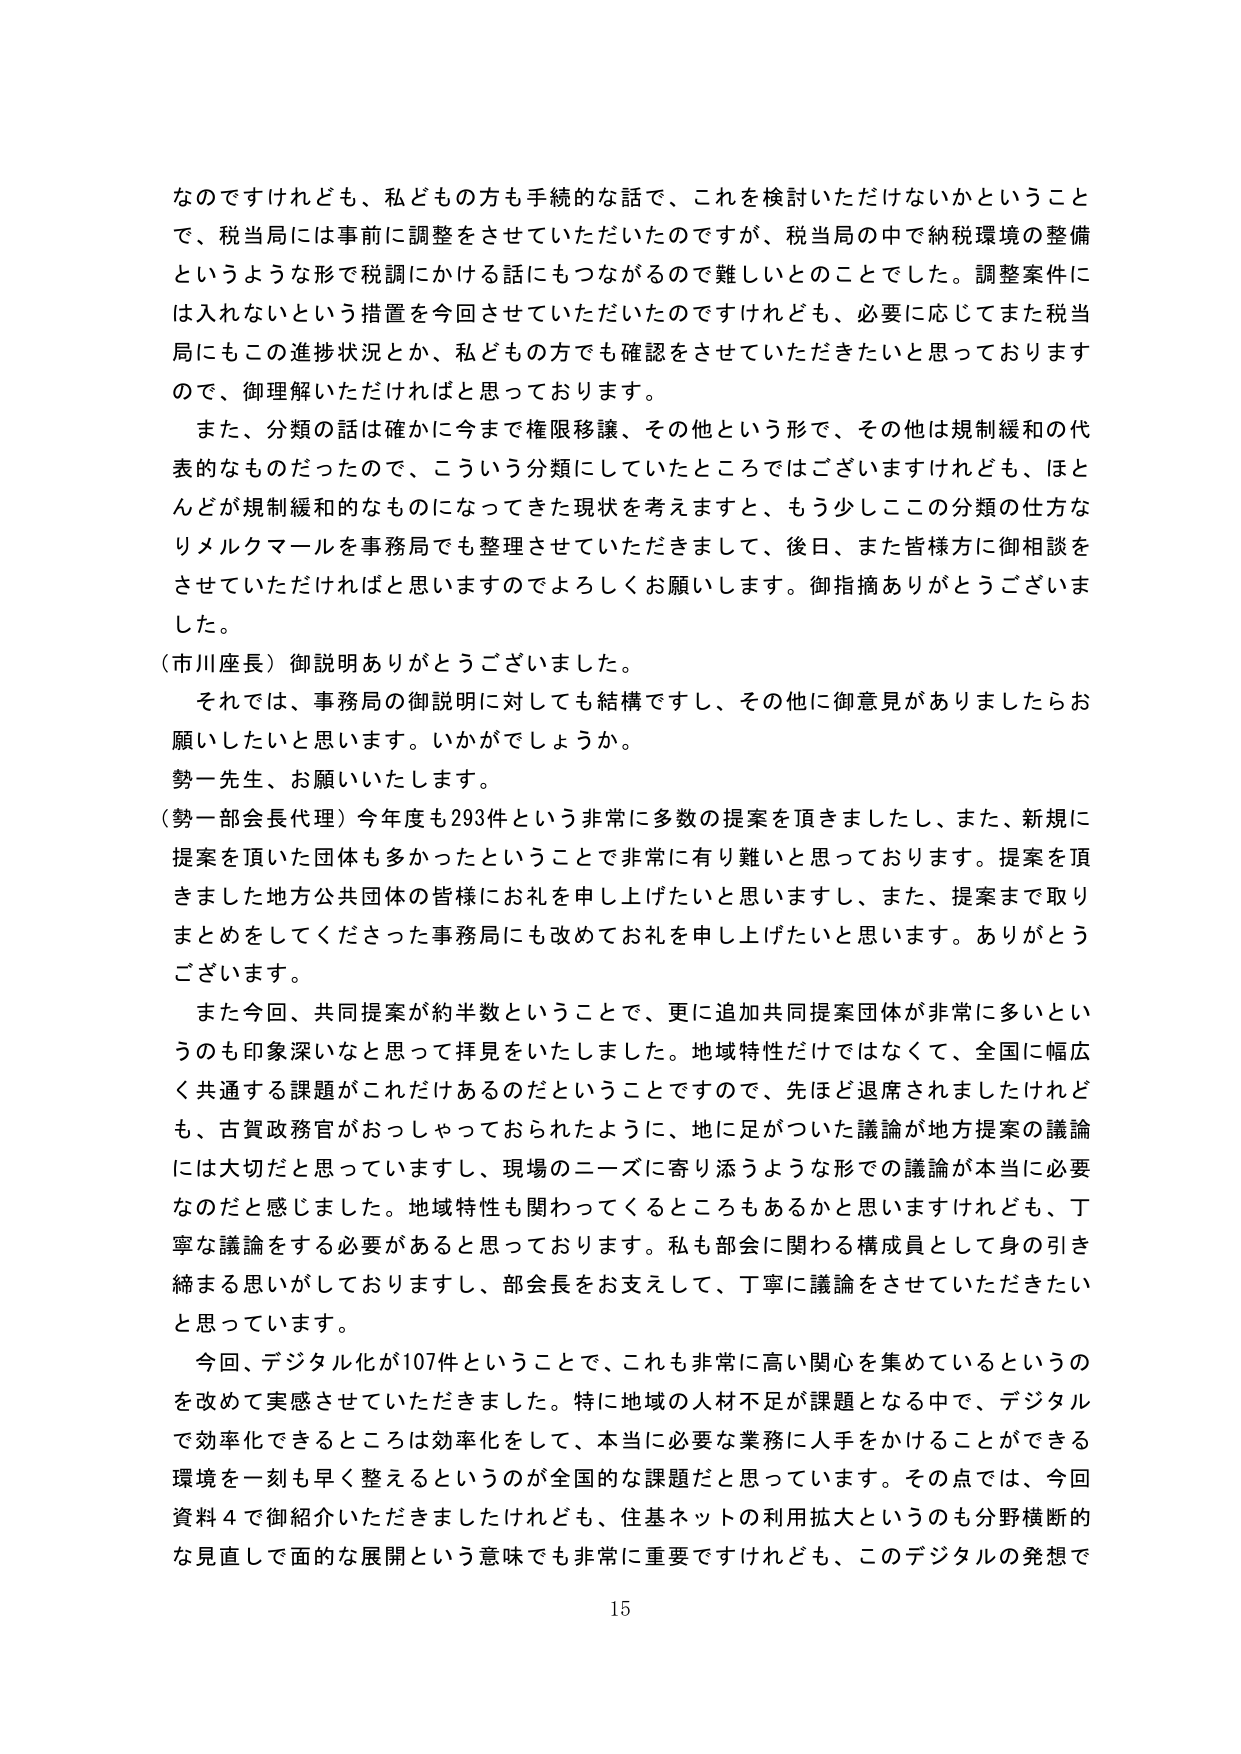
なのですけれども、私どもの方も手続的な話で、これを検討いただけないかということで、税当局には事前に調整をさせていただいたのですが、税当局の中で納税環境の整備というような形で税調にかける話にもつながるので難しいとのことでした。調整案件には入れないという措置を今回させていただいたのですけれども、必要に応じてまた税当局にもこの進捗状況とか、私どもの方でも確認をさせていただきたいと思っておりますので、御理解いただければと思っております。

また、分類の話は確かに今まで権限移譲、その他という形で、その他は規制緩和の代表的なものだったので、こういう分類にしていたところではございますけれども、ほとんどが規制緩和のなものになってきた現状を考えますと、もう少しこの分類の仕方なりメルクマールを事務局でも整理させていただきまして、後日、また皆様方に御相談をさせていただければと思いますのでよろしくお願いします。御指摘ありがとうございました。

（市川座長）御説明ありがとうございました。

それでは、事務局の御説明に対しても結構ですし、その他に御意見がありましたらお願いしたいと思います。いかがでしょうか。

勢一先生、お願いいたします。

（勢一部会長代理）今年度も293件という非常に多数の提案を頂きましたし、また、新規に提案を頂いた団体も多かったということで非常に有り難いと思っております。提案を頂きました地方公共団体の皆様にお礼を申し上げたいと思いますし、また、提案まで取りまとめをしてくださった事務局にも改めてお礼を申し上げたいと思います。ありがとうございます。

また今回、共同提案が約半数ということで、更に追加共同提案団体が非常に多いというのも印象深いなと思って拝見をいたしました。地域特性だけではなくて、全国に幅広く共通する課題がこれだけあるのだということで、先ほど退席されましたが、古賀政務官がおっしゃっておられたように、地に足がついた議論が地方提案の議論には大切だと思っていますし、現場のニーズに寄り添うような形での議論が本当に必要なだと感じました。地域特性も関わってくるところもあるかと思いますけれども、丁寧な議論をする必要があると思っております。私も部会に関わる構成員として身の引き締まる思いがしておりますし、部会長をお支えして、丁寧に議論をさせていただきたいと思っています。

今回、デジタル化が107件ということで、これも非常に高い関心を集めているというのを改めて実感させていただきました。特に地域の人材不足が課題となる中で、デジタルで効率化できるところは効率化をして、本当に必要な業務に人手をかけることができる環境を一刻も早く整えるというのが全国的な課題だと思っています。その点では、今回資料4で御紹介いただきましたけれども、住基ネットの利用拡大というのも分野横断的な見直しで面的な展開という意味でも非常に重要ですけれども、このデジタルの発想で

15